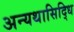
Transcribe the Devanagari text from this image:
अन्यथासिद्धि